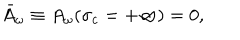
\bar { A } _ { \omega } \equiv A _ { \omega } ( \sigma _ { c } = + \infty ) = 0 ,